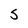
Character: S